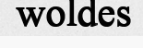
woldes